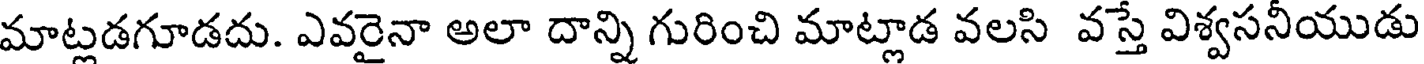
మాట్లడగూడదు. ఎవరైనా అలా దాన్ని గురించి మాట్లాడ వలసి వస్తే విశ్వసనీయుడు